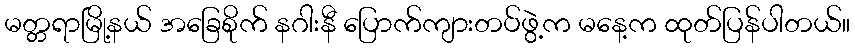
မတ္တရာမြို့နယ် အခြေစိုက် နဂါးနီ ပြောက်ကျားတပ်ဖွဲ့က မနေ့က ထုတ်ပြန်ပါတယ်။